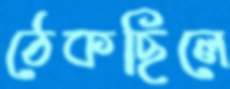
ঠেকছিলে